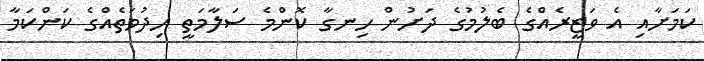
ކަމަށާއި އެ ވަޒީރެއްގެ ބެލުމުގެ ދަށުން ހިނގާ ކޮންމެ ސަލާމަތީ ހިދުމަތެއްގެ ކަންކަމާ